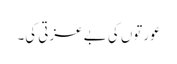
عورتوں کی بے عزتی کی۔